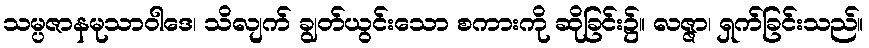
သမ္ပဇာနမုသာဝါဒေ၊ သိလျက် ချွတ်ယွင်းသော စကားကို ဆိုခြင်း၌။ လဇ္ဇာ၊ ရှက်ခြင်းသည်။